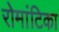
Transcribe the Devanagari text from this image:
रोमांटिका